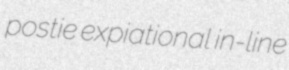
postie expiational in-line